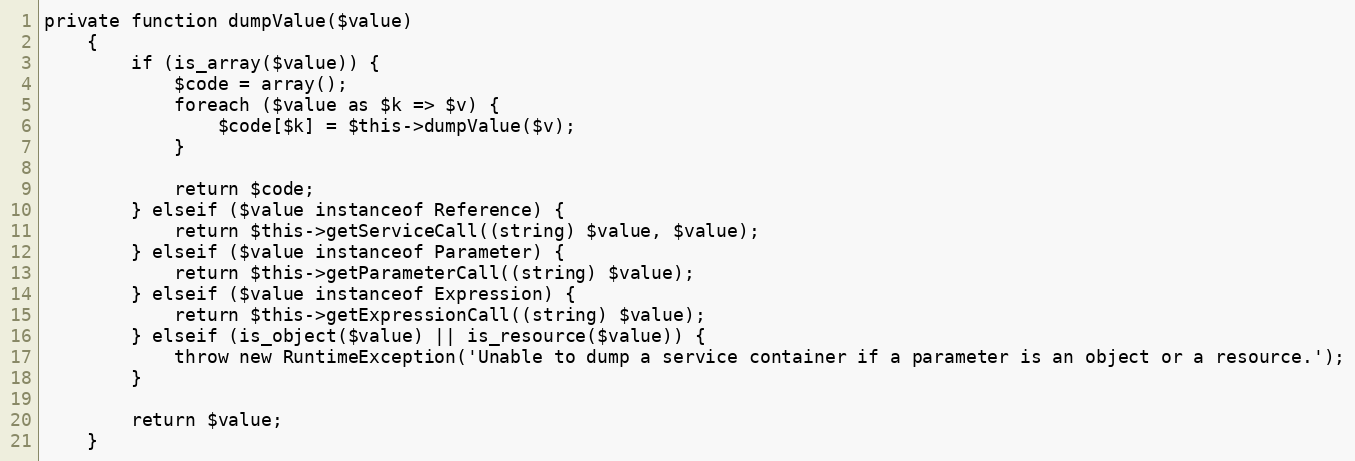
Language: PHP
private function dumpValue($value)
    {
        if (is_array($value)) {
            $code = array();
            foreach ($value as $k => $v) {
                $code[$k] = $this->dumpValue($v);
            }

            return $code;
        } elseif ($value instanceof Reference) {
            return $this->getServiceCall((string) $value, $value);
        } elseif ($value instanceof Parameter) {
            return $this->getParameterCall((string) $value);
        } elseif ($value instanceof Expression) {
            return $this->getExpressionCall((string) $value);
        } elseif (is_object($value) || is_resource($value)) {
            throw new RuntimeException('Unable to dump a service container if a parameter is an object or a resource.');
        }

        return $value;
    }